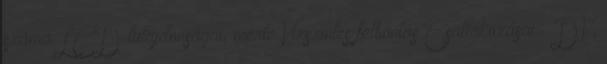
száma LCD tulajdonságai, mérte Vízszintes felbontás Csatlakozásai – DV,